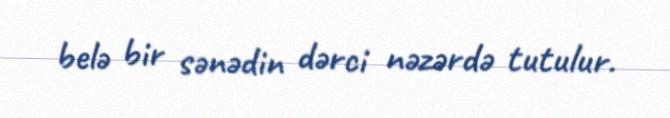
belə bir sənədin dərci nəzərdə tutulur.